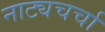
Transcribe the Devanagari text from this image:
नाट्यचर्चा